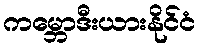
ကမ္ဘောဒီးယားနိုင်ငံ